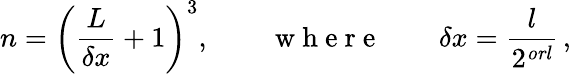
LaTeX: n=\left(\frac{L}{\delta x}+1\right)^{3},\qquad\mathrm{~w~h~e~r~e~}\qquad\delta x=\frac{l}{2^{\mathit{orl}}}\, ,